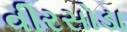
વીરસોડા